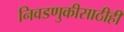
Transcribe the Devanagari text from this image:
निवडणुकीसाठीही